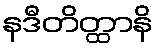
နဒီတိတ္ထာနိ